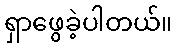
ရှာဖွေခဲ့ပါတယ်။